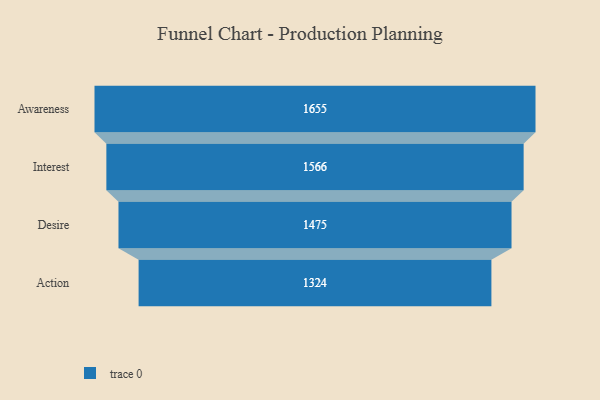
{"axis": {"x": "Stage", "y": "Value"}, "legend": [""], "data": [{"x": "Awareness", "y": 1655.0, "type": ""}, {"x": "Interest", "y": 1566.0, "type": ""}, {"x": "Desire", "y": 1475.0, "type": ""}, {"x": "Action", "y": 1324.0, "type": ""}]}